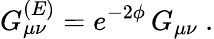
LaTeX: G_{\mu\nu}^{(E)}=e^{-2\phi}\, G_{\mu\nu}\ .